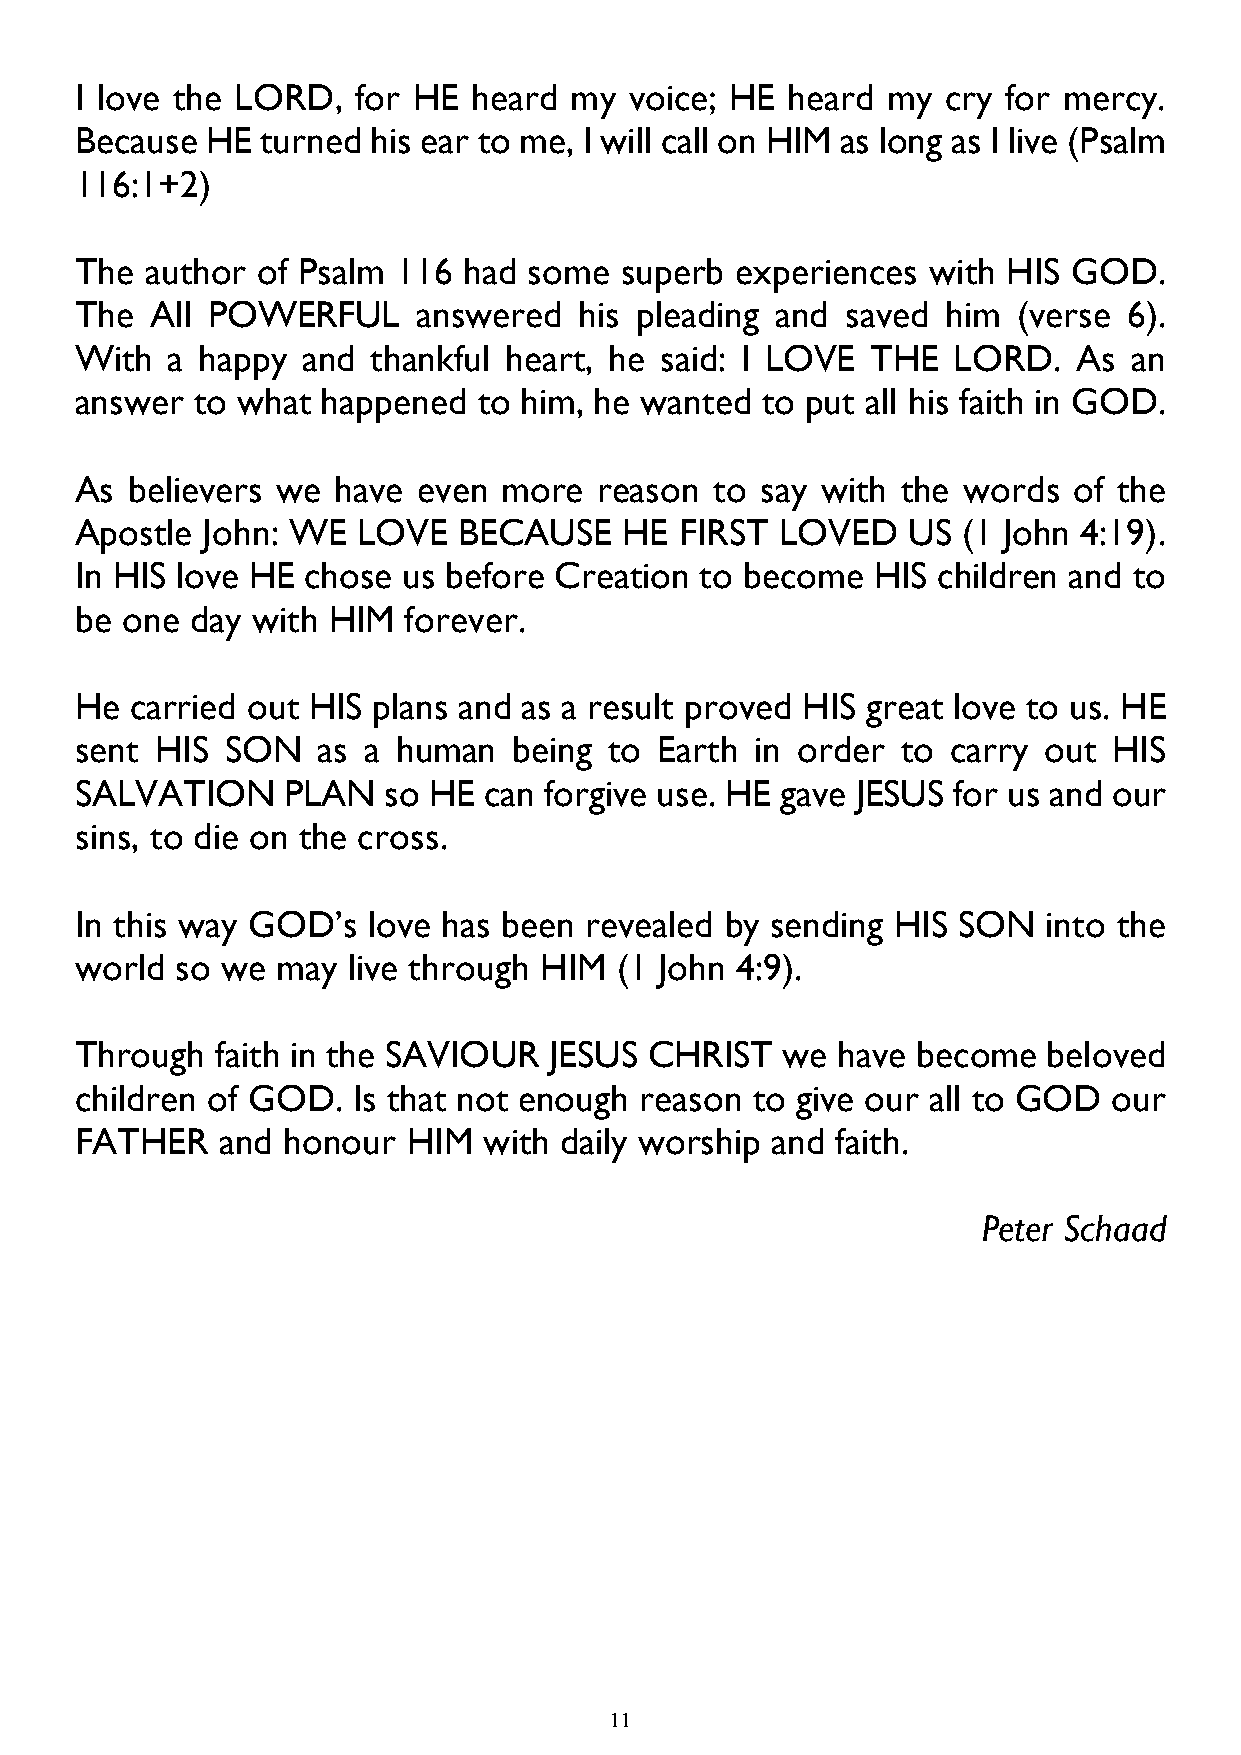
I love the LORD,   for HE heard  my  voice; HE heard  my  cry for mercy.
 Because  HE turned  his ear to me, I will call on HIM as long as I live (Psalm
 116:1+2)
 The  author of Psalm 116  had some  superb  experiences with  HIS GOD.
 The  All POWERFUL      answered  his pleading and  saved  him (verse  6).
 With  a happy  and  thankful heart, he said: I LOVE  THE  LORD.   As  an
 answer  to what happened   to him, he wanted to put all his faith in GOD.
 As believers we  have  even more   reason to say with  the words  of the
 Apostle John: WE   LOVE  BECAUSE    HE  FIRST  LOVED   US  (1 John 4:19).
 In HIS love HE chose  us before Creation to become   HIS children and to
 be one  day with HIM  forever.
 He  carried out HIS plans and as a result proved HIS great love to us. HE
 sent HIS  SON   as a human   being to  Earth in order  to carry out  HIS
 SALVATION     PLAN  so HE  can forgive use. HE gave JESUS for us and our
 sins, to die on the cross.
 In this way GOD’s  love has been  revealed by sending HIS SON   into the
 world  so we may  live through HIM  (1 John 4:9).
 Through  faith in the SAVIOUR  JESUS  CHRIST   we have  become  beloved
 children of GOD.  Is that not enough reason  to give our all to GOD  our
 FATHER    and honour  HIM  with daily worship and faith.
 Peter Schaad
 11